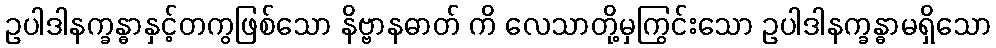
ဥပါဒါနက္ခန္ဓာနှင့်တကွဖြစ်သော နိဗ္ဗာနဓာတ် ကိ လေသာတို့မှကြွင်းသော ဥပါဒါနက္ခန္ဓာမရှိသော